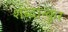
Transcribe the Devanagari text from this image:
शब्दान्कुर